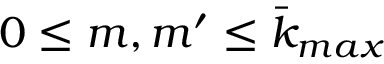
0 \leq m , m ^ { \prime } \leq \bar { k } _ { m a x }